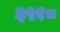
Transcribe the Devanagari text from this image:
३९१८